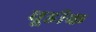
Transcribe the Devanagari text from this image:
चूडीक